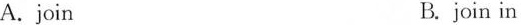
A. join B. join in